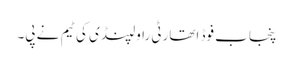
پنجاب فوڈ اتھارٹی راولپنڈی کی ٹیم نے پی۔